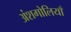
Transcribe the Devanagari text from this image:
अंशगोलियाँ